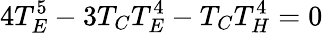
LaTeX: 4T_{E}^{5}-3T_{C}T_{E}^{4}-T_{C}T_{H}^{4}=0